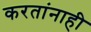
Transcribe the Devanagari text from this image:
करतांनाही